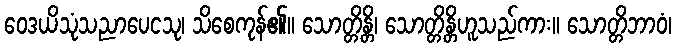
ဝေဒယိသုံသညာပေငသု၊ သိစေကုန်၏။ သောတ္တိန္တိ၊ သောတ္တိန္တိဟူသည်ကား။ သောတ္တိဘာဝံ၊